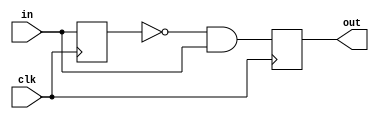
module top_module (
    input clk,
    input in,
    output out
);
    reg temp_in,out1;
    initial
    begin
      out1<=0;
    end
    always @(posedge clk) begin
        temp_in <= in;
       	out1 <= ~temp_in & in;
    end
    assign out=out1;
endmodule